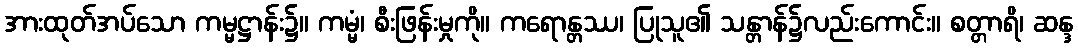
အားထုတ်အပ်သော ကမ္မဋ္ဌာန်း၌။ ကမ္မံ၊ စီးဖြန်းမှုကို။ ကရောန္တဿ၊ ပြုသူ၏ သန္တာန်၌လည်းကောင်း။ စတ္တာရိ၊ ဆန္ဒ